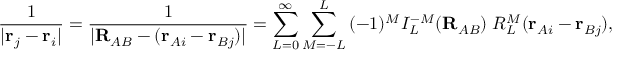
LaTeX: { \frac { 1 } { | \mathbf { r } _ { j } - \mathbf { r } _ { i } | } } = { \frac { 1 } { | \mathbf { R } _ { A B } - ( \mathbf { r } _ { A i } - \mathbf { r } _ { B j } ) | } } = \sum _ { L = 0 } ^ { \infty } \sum _ { M = - L } ^ { L } \, ( - 1 ) ^ { M } I _ { L } ^ { - M } ( \mathbf { R } _ { A B } ) \; R _ { L } ^ { M } ( \mathbf { r } _ { A i } - \mathbf { r } _ { B j } ) ,